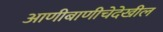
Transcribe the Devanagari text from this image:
आणीबाणीचेदेखील